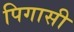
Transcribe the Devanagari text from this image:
पिगासी